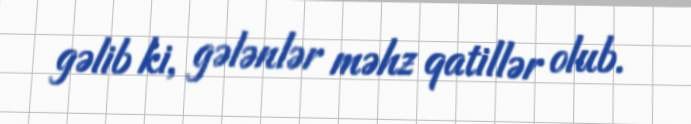
gəlib ki, gələnlər məhz qatillər olub.